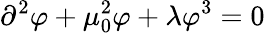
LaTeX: \partial^{2}\varphi+\mu_{0}^{2}\varphi+\lambda\varphi^{3}=0